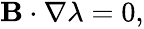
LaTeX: \begin{array}{r}{{\mathbf B}\cdot\nabla\lambda=0,}\end{array}